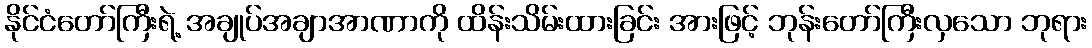
နိုင်ငံတော်ကြီးရဲ့ အချုပ်အချာအာဏာကို ထိန်းသိမ်းထားခြင်း အားဖြင့် ဘုန်းတော်ကြီးလှသော ဘုရား